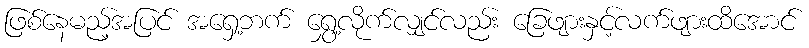
ဖြစ်နေမည့်အပြင် အရှေ့ဘက် ရွှေ့လိုက်လျှင်လည်း ခြေဖျားနှင့်လက်ဖျားထိအောင်